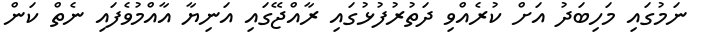
ނަމުގައި މަހިބަދު އަށް ކުރެއްވި ދަތުރުފުޅުގައި ރާއްޖޭގައި އަނިޔާ އާއްމުވެފައި ނެތް ކަން